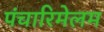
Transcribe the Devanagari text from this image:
पंचारिमेलम